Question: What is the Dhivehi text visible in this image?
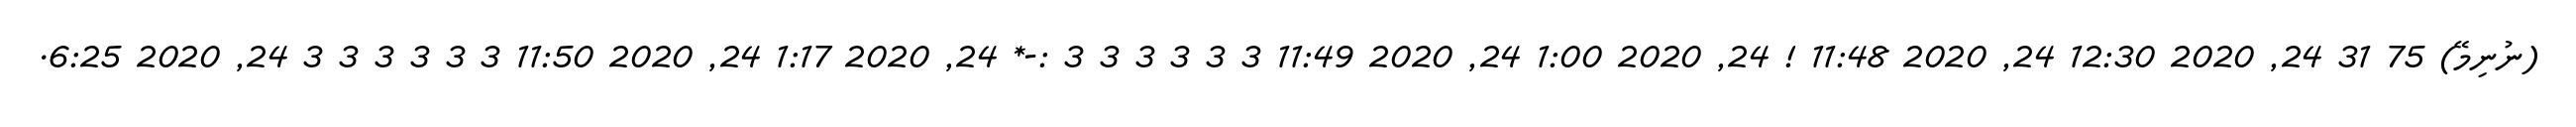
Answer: (ނުނިމޭ) 75 31 24, 2020 12:30 24, 2020 11:48 ! 24, 2020 1:00 24, 2020 11:49 3 3 3 3 3 3 :-* 24, 2020 1:17 24, 2020 11:50 3 3 3 3 3 3 24, 2020 6:25.